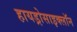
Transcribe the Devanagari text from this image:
हायड्रोसाइक्लॉन